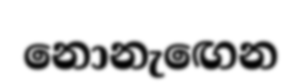
නොනැඟෙන